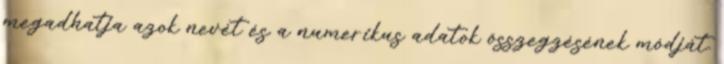
megadhatja azok nevét és a numerikus adatok összegzésének módját.